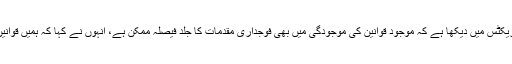
انہوں نے کہا کہ انہوں نے اپنی 38 سالہ پریکٹس میں دیکھا ہے کہ موجود قوانین کی موجودگی میں بھی فوجداری مقدمات کا جلد فیصلہ ممکن ہے، انہوں نے کہا کہ ہمیں قوانین نہیں طریقہ کار بدلنے کی ضرورت ہے ۔